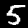
Label: 5